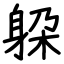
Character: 躱